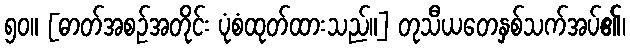
၅၀။ [ဓာတ်အစဉ်အတိုင်း ပုံစံထုတ်ထားသည်။] တုသီယတေနှစ်သက်အပ်၏၊